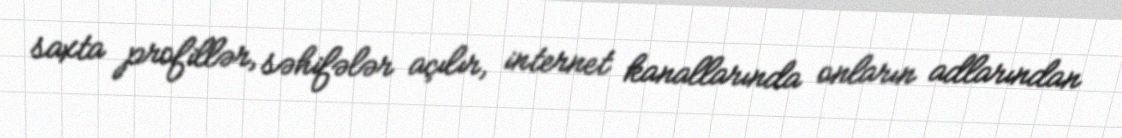
saxta profillər, səhifələr açılır, internet kanallarında onların adlarından